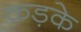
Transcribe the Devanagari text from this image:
कड़के